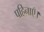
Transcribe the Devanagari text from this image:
पहिनाएँ।